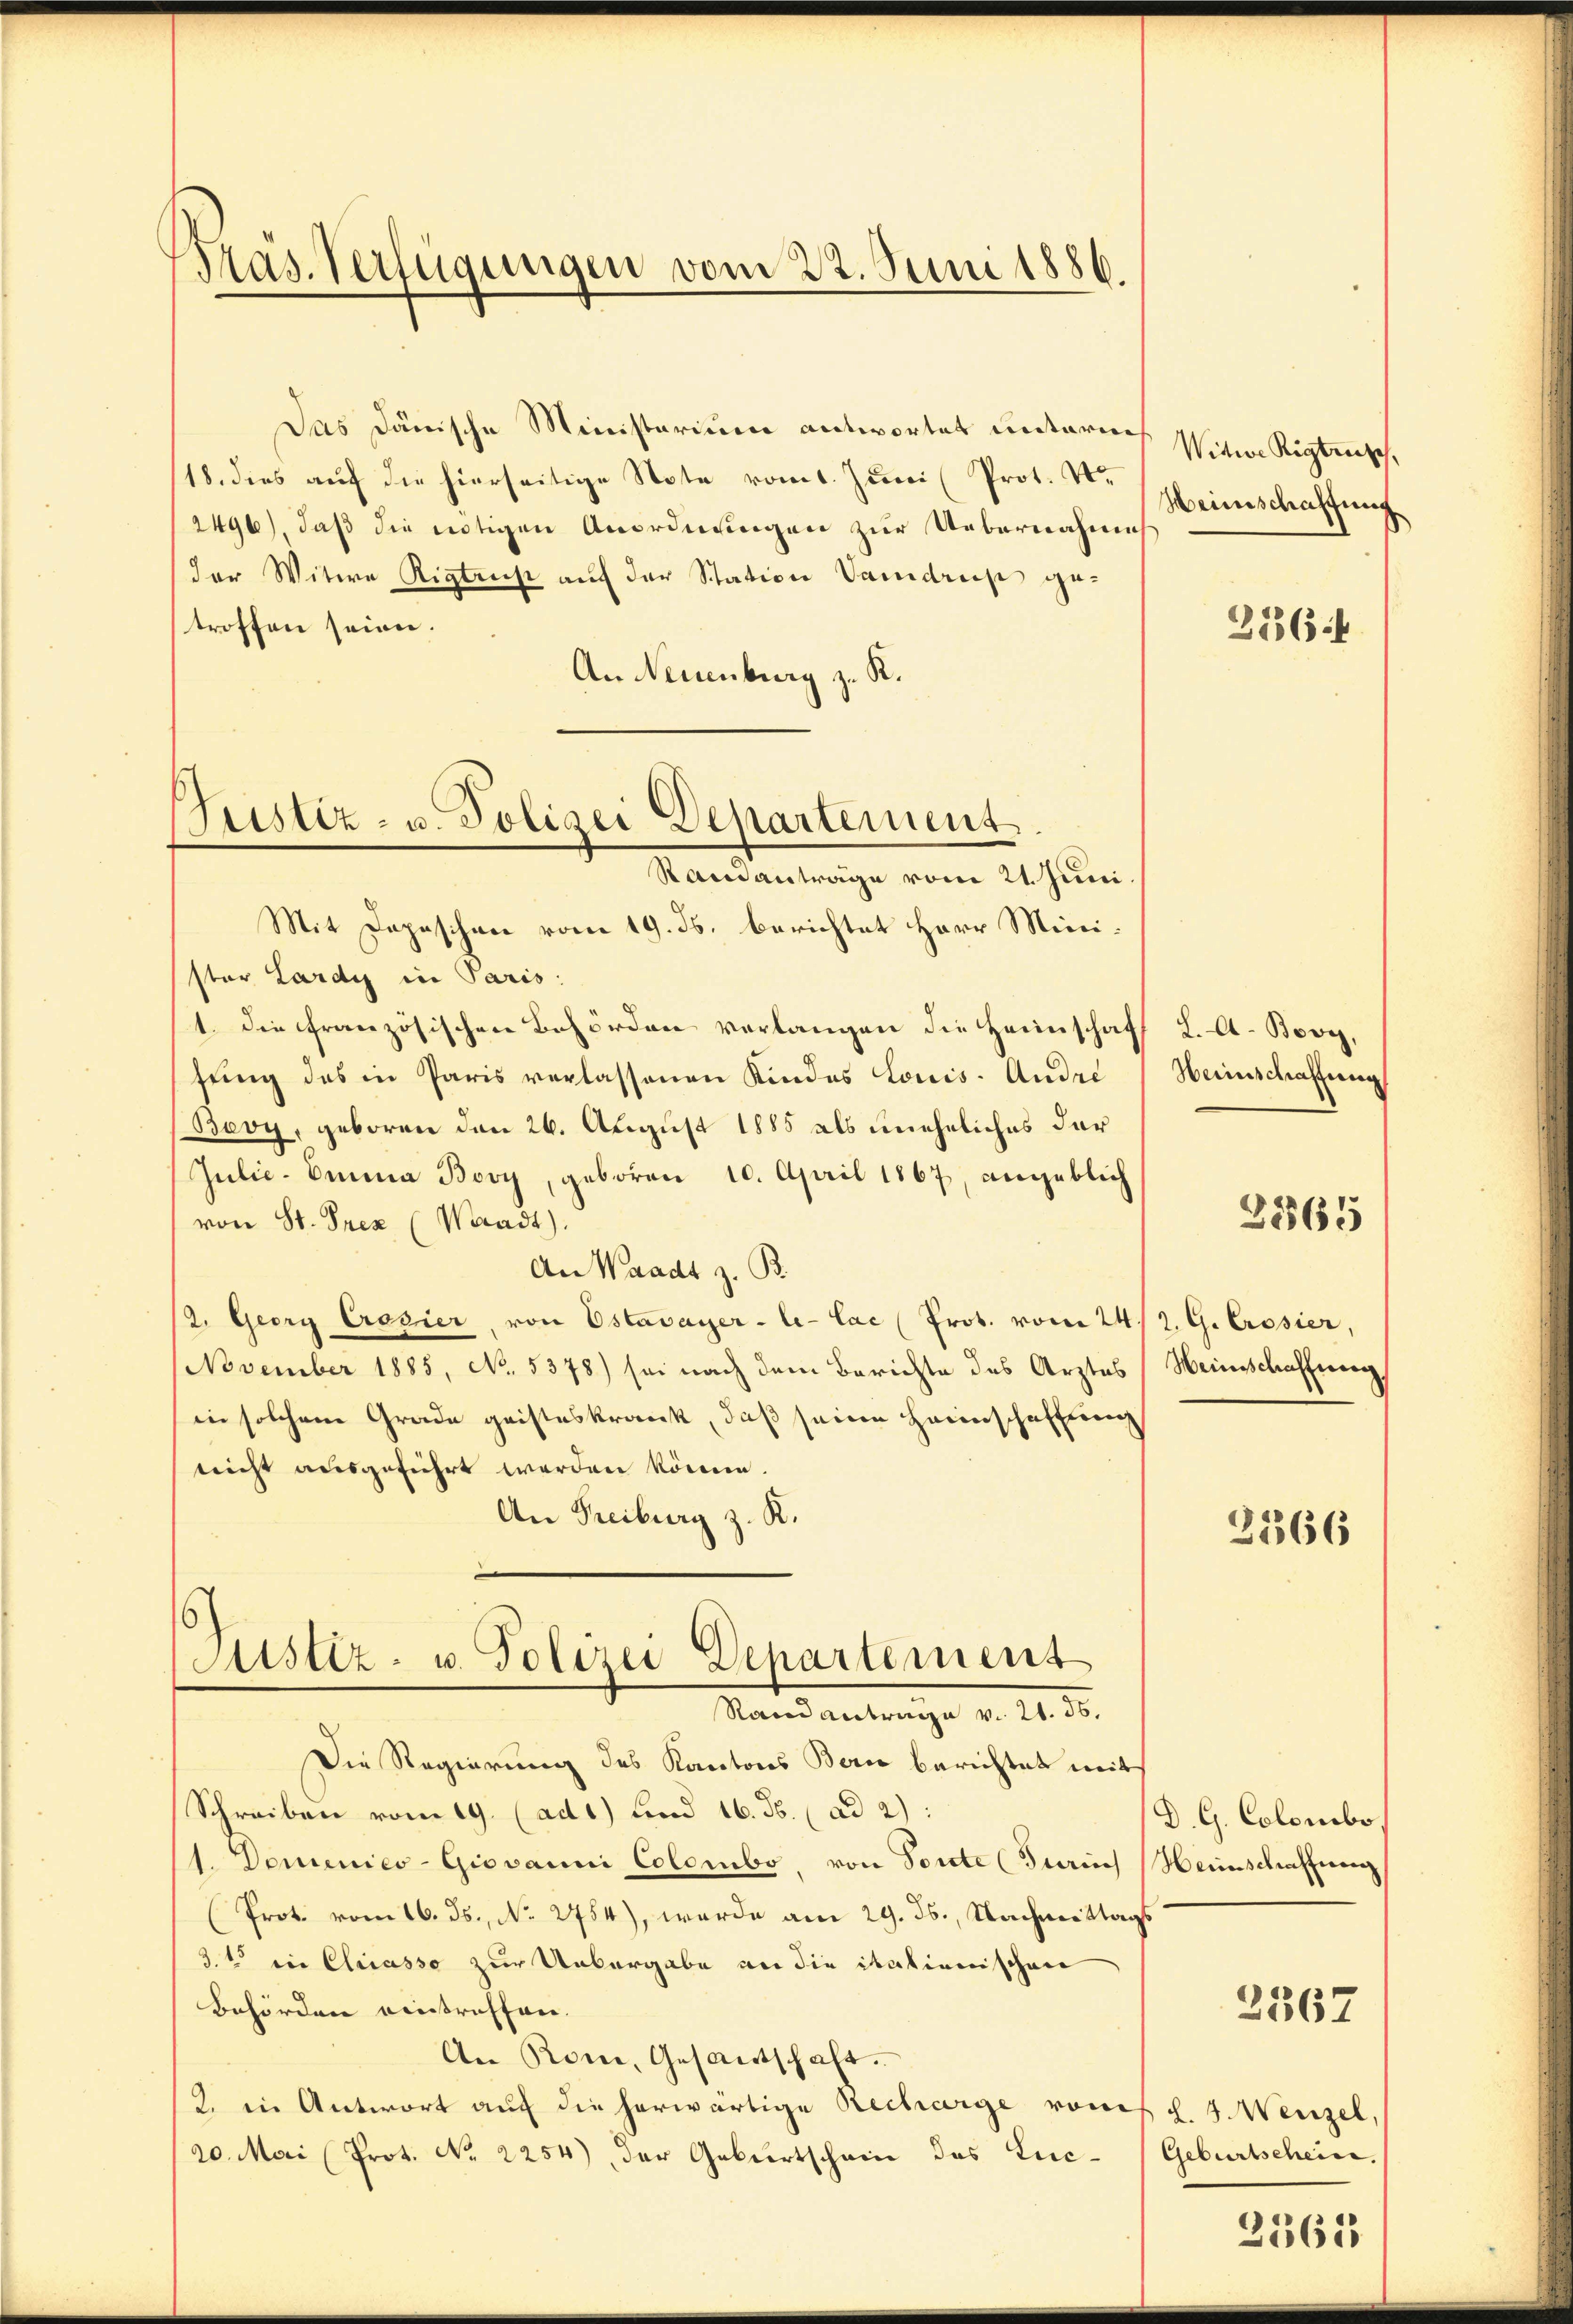
.
Pras. Verfügungen vom 22. Juni 1886.

Das dänische Ministerium antwortet unterneh
18. dies auf die hierseitige Note vom 1. Juni (Prot. Vo
/2496), daß die nötigen Anordnungen zur Uebernahmes
der Witwe Rigtrus auf der Station Vamdrup getroffen seien.
An Neuenburg z. R.

Justiz- u. Polizei Departement.
Randanträge vom 21. Juni.

Witwe Rigtrusch
Heimschaffung

Mit Depeschen vom 19. ds. berichtet Herr Minister Lardy in Paris
1. die französischen Behörden verlangen die Heimschaf
fŭng des in Paris verlassenen Kindes Louis- Andre
Bevy, geboren den 26. August 1885 als uneheliches dar¬
Julie-Emma Bovy, geboren 10. April 1867, angeblich
von St. Prez (Waadt).
An Waadt z. B.
2. Georg Crazier, von Estavayer-le-Cac (Prot. vom 24. 2. G. Crosier,
November 1885, No. 5378) sei nach dem Berichte des Arztes Heinschaffung,
in solchem Grade geisteskrank, daß seine Heimschaffung
nicht ausgeführt werden können.
An Freiburg z. R.
Justiz- u. Polizei Departement
Randantrage v. 21. 56.
Die Regierung des Kantons Bern berichtet mit
Schreiben vom 19. (ad 1) und 16. ds. ad 2):
1. Demenico-Giovanni Colombo, von Toute (Turins Heimschaffen
(Prot. vom 16. ds., No 2754), wurde am 29. ds., Nachmittags
3. 15 ein Cliiasso zur Unbergabe an die italienischen
Behörden eintreffen.
An Rom, Gesantschaft.
2. in Antwort auf die herwärtige Recharge romes d. 4. Wenzel,
20. Mai (Prot. No. 2254), der Geburtschein des Luc¬

3364

L. A. Bovy,
Heinschaffung

2565

2366

D. G. Colombo

2567

Geburtscheine.

2565